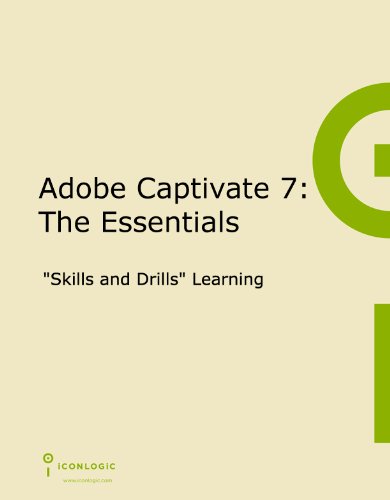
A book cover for Adobe Captivate 7: The Essentials; Kevin Siegel; Computers & Technology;